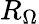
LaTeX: R_{\Omega}